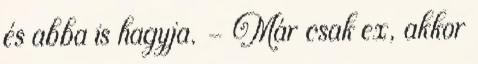
és abba is hagyja. - Már csak ex, akkor